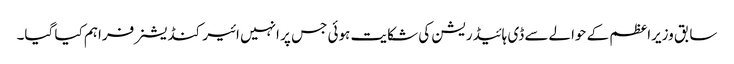
سابق وزیراعظم کے حوالےسے ڈی ہائیڈریشن کی شکایت ہوئی جس پر انہیں ائیر کنڈیشنر فراہم کیا گیا۔